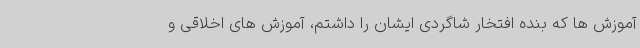
آموزش ها که بنده افتخار شاگردی ایشان را داشتم، آموزش های اخلاقی و